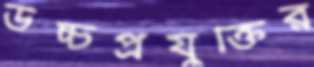
উচ্চপ্রযুক্তির